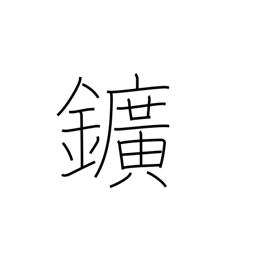
Meaning: ore